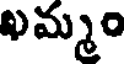
ఖమ్మం